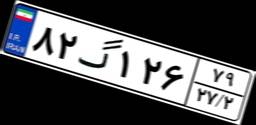
۱۱گ۸۳۹۸۵